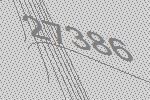
27386